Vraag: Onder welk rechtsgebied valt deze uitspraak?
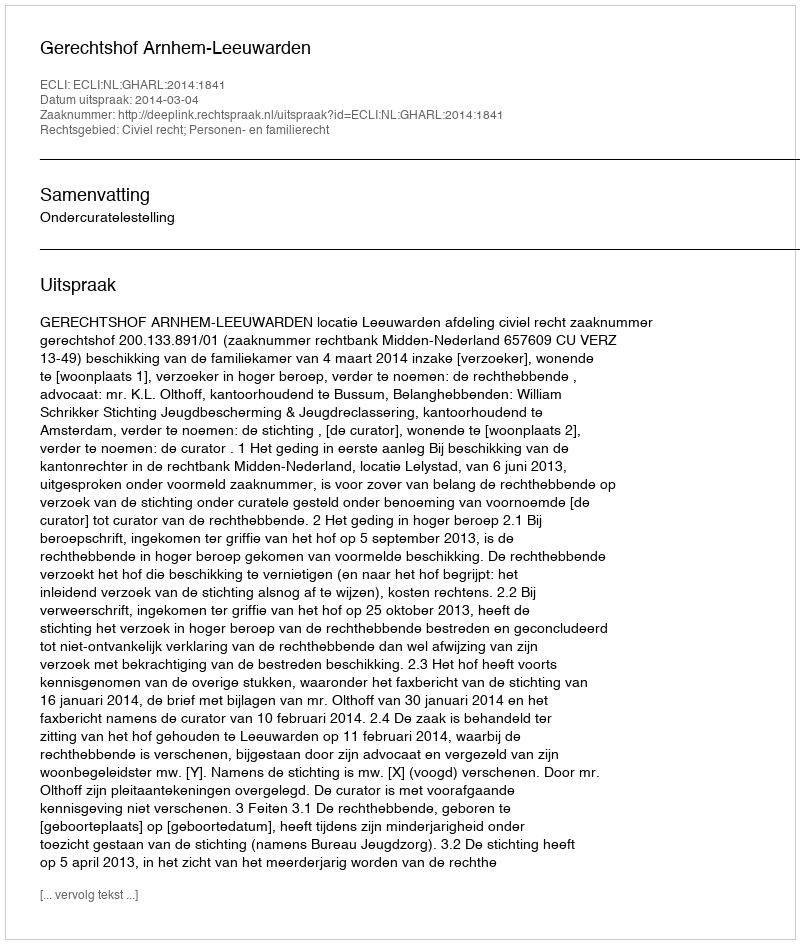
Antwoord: Civiel recht; Personen- en familierecht